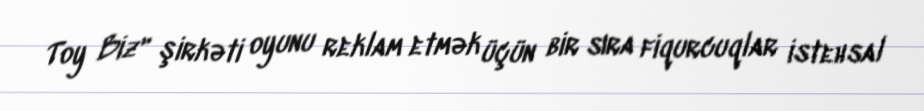
Toy Biz" şirkəti oyunu reklam etmək üçün bir sıra fiqurcuqlar istehsal